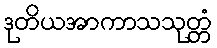
ဒုတိယအာကာသသုတ္တံ